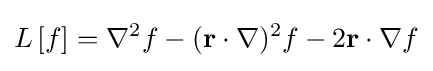
{\begin{aligned}L\left[f\right]=\nabla ^{2}f-({\bf {r}}\cdot \nabla )^{2}f-2{\bf {r}}\cdot \nabla f\end{aligned}}